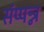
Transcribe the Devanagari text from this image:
संप्पन्न